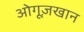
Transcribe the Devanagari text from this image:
ओगूज़खान